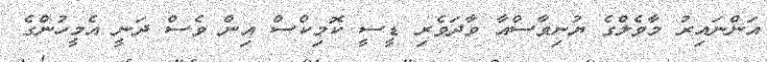
އަންނައިރު މާވެލްގެ ޔުނިވާސްއާ ވާދަވެރި ޑީސީ ކޮމިކްސް އިން ވެސް ދަނީ އެމީހުންގެ